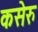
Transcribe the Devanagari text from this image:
कसेरु